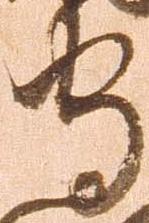
守